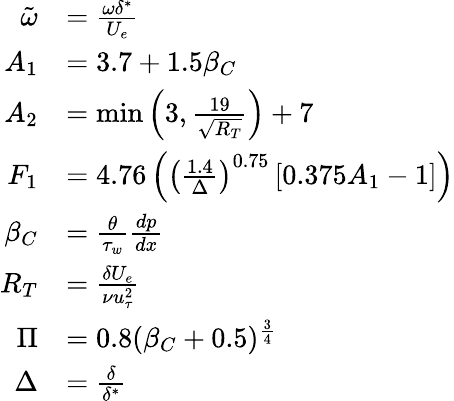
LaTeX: \begin{array}{rl}{\tilde{\omega}}&{=\frac{\omega\delta^{*}}{U_{e}}}\\ {A_{1}}&{=3.7+1.5\beta_{C}}\\ {A_{2}}&{=\operatorname*{min}\left(3,\frac{19}{\sqrt{R_{T}}}\right)+7}\\ {F_{1}}&{=4.76\left(\left(\frac{1.4}{\Delta}\right)^{0.75}\left[0.375A_{1}-1\right]\right)}\\ {\beta_{C}}&{=\frac{\theta}{\tau_{w}}\frac{dp}{dx}}\\ {R_{T}}&{=\frac{\delta U_{e}}{\nu u_{\tau}^{2}}}\\ {\Pi}&{=0.8(\beta_{C}+0.5)^{\frac{3}{4}}}\\ {\Delta}&{=\frac{\delta}{\delta^{*}}}\end{array}